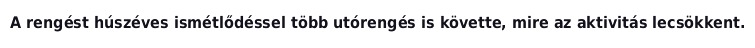
A rengést húszéves ismétlődéssel több utórengés is követte, mire az aktivitás lecsökkent.